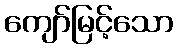
ကျော်မြင့်သော